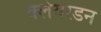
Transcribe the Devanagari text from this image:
क्लेयरडन